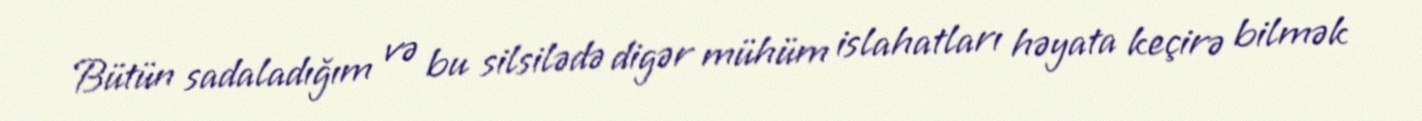
Bütün sadaladığım və bu silsilədə digər mühüm islahatları həyata keçirə bilmək